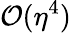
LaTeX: \mathcal{O}(\eta^{4})